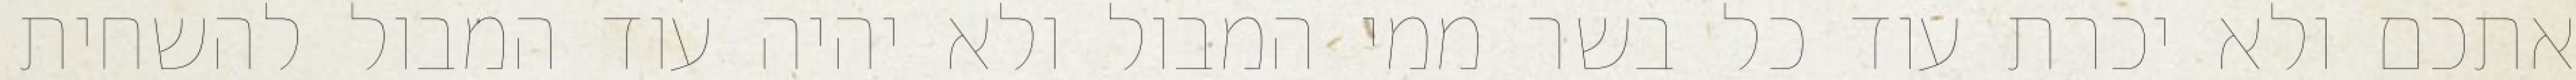
אתכם ולא יכרת עוד כל בשר ממי המבול ולא יהיה עוד המבול להשחית